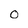
Character: o